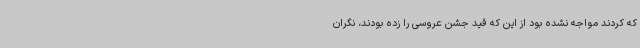
که کردند مواجه نشده بود از این که قید جشن عروسی را زده بودند، نگران